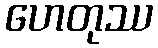
ဟေတုဿ